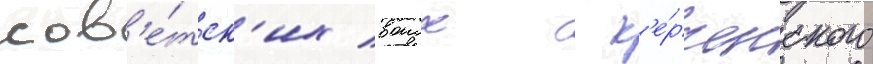
сов'е́тск'их воиск с к'е́рченского